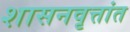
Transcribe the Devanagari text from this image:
शासनवृत्तांत